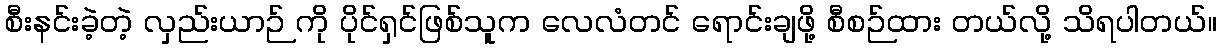
စီးနင်းခဲ့တဲ့ လှည်းယာဉ် ကို ပိုင်ရှင်ဖြစ်သူက လေလံတင် ရောင်းချဖို့ စီစဉ်ထား တယ်လို့ သိရပါတယ်။